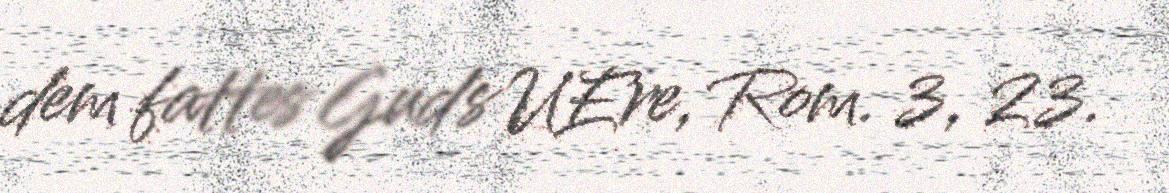
dem fattes Guds UEre, Rom. 3, 23.